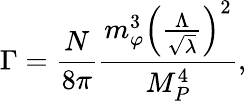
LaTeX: \Gamma=\frac{N}{8\pi}\frac{m_{\varphi}^{3}\left(\frac{\Lambda}{\sqrt{\lambda}}\right)^{2}}{M_{P}^{4}},